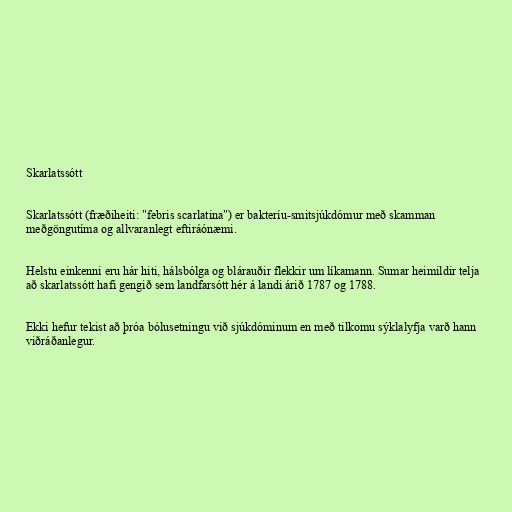
Skarlatssótt

Skarlatssótt (fræðiheiti: "febris scarlatina") er bakteríu-smitsjúkdómur með skamman
meðgöngutíma og allvaranlegt eftiráónæmi.

Helstu einkenni eru hár hiti, hálsbólga og blárauðir flekkir um líkamann. Sumar heimildir telja
að skarlatssótt hafi gengið sem landfarsótt hér á landi árið 1787 og 1788.

Ekki hefur tekist að þróa bólusetningu við sjúkdóminum en með tilkomu sýklalyfja varð hann
viðráðanlegur.